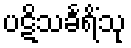
ပဋိသင်္ခရိံသု